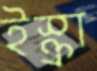
ইস্ক্রা